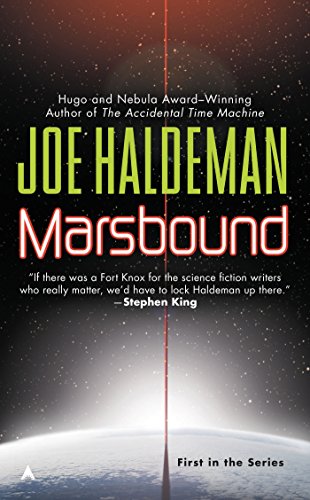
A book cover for Marsbound; Joe Haldeman; Science Fiction & Fantasy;